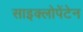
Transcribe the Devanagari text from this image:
साइक्लोपेंटेन